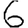
Digit: 6